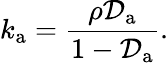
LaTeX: k_{\mathrm{a}}=\frac{\rho\mathcal{D}_{\mathrm{a}}}{1-\mathcal{D}_{\mathrm{a}}}.